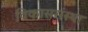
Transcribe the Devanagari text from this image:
विकाससंस्था